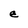
Character: e